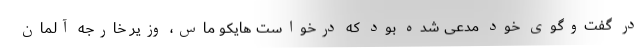
در گفت‌وگوی خود مدعی شده بود که درخواست هایکو ماس، وزیر خارجه آلمان